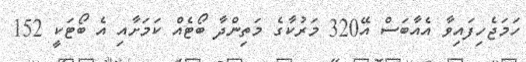
ހަމަޖެހިފައިވާ އެއާބަސް އޭ320 މަރުކާގެ މަތިންދާ ބޯޓެއް ކަމަށާއި އެ ބޯޓަކީ 152